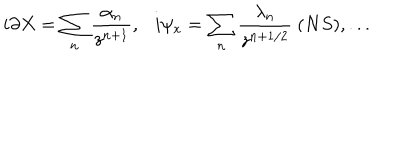
LaTeX: i \partial X = \sum _ { n } { \frac { \alpha _ { n } } { z ^ { n + 1 } } } , \ \ \ i \psi _ { x } = \sum _ { n } { \frac { \lambda _ { n } } { z ^ { n + 1 / 2 } } } \ ( N S ) , . . .